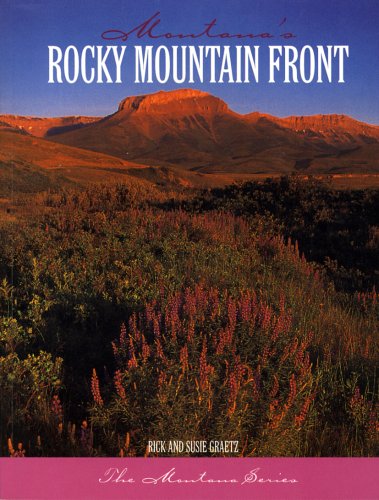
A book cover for Montana's Rocky Mountain Front; Rick Graetz; Travel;